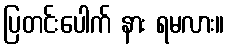
ပြတင်းပေါက် နား ရမလား။